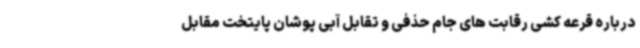
درباره قرعه کشی رقابت های جام حذفی و تقابل آبی پوشان پایتخت مقابل